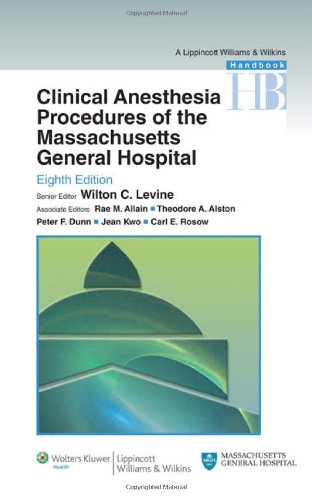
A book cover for Clinical Anesthesia Procedures of the Massachusetts General Hospital: Department of Anesthesia, Critical Care and Pain Medicine, Massachusetts General Hospital, Harvard Medical School; Medical Books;